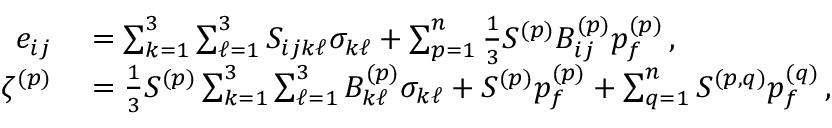
\begin{array} { r l } { e _ { i j } } & { { } = \sum _ { k = 1 } ^ { 3 } \sum _ { \ell = 1 } ^ { 3 } S _ { i j k \ell } \sigma _ { k \ell } + \sum _ { p = 1 } ^ { n } \frac { 1 } { 3 } S ^ { ( p ) } B _ { i j } ^ { ( p ) } p _ { f } ^ { ( p ) } \, , } \\ { \zeta ^ { ( p ) } } & { { } = \frac { 1 } { 3 } S ^ { ( p ) } \sum _ { k = 1 } ^ { 3 } \sum _ { \ell = 1 } ^ { 3 } B _ { k \ell } ^ { ( p ) } \sigma _ { k \ell } + S ^ { ( p ) } p _ { f } ^ { ( p ) } + \sum _ { q = 1 } ^ { n } S ^ { ( p , q ) } p _ { f } ^ { ( q ) } \, , } \end{array}